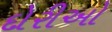
દોરીઓ